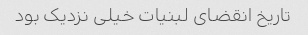
تاریخ انقضای لبنیات خیلی نزدیک بود